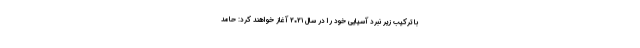
با ترکیب زیر نبرد آسیایی خود را در سال ۲۰۲۱ آغاز خواهند کرد: حامد